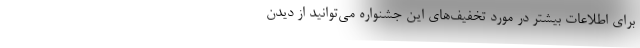
برای اطلاعات بیشتر در مورد تخفیف‌های این جشنواره می‌توانید از دیدن